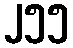
၂၅၅